Lunatic asylums United Prov. 1922-30 - 1922-1930
Year: 1922
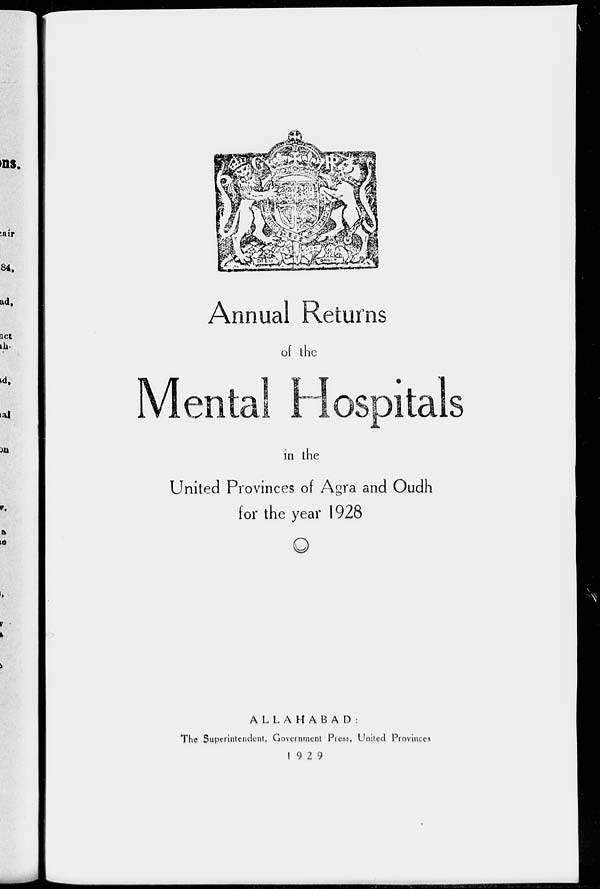
Annual Returns
of the
Mental Hospitals
in the
United Provinces of Agra and Oudh
for the year 1928
ALLAHABAD
The Superintendent, Government Press, United Provinces
1929